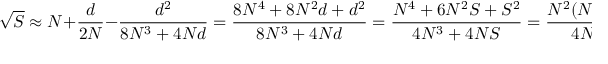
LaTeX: { \sqrt { S } } \approx N + { \frac { d } { 2 N } } - { \frac { d ^ { 2 } } { 8 N ^ { 3 } + 4 N d } } = { \frac { 8 N ^ { 4 } + 8 N ^ { 2 } d + d ^ { 2 } } { 8 N ^ { 3 } + 4 N d } } = { \frac { N ^ { 4 } + 6 N ^ { 2 } S + S ^ { 2 } } { 4 N ^ { 3 } + 4 N S } } = { \frac { N ^ { 2 } ( N ^ { 2 } + 6 S ) + S ^ { 2 } } { 4 N ( N ^ { 2 } + S ) } } .